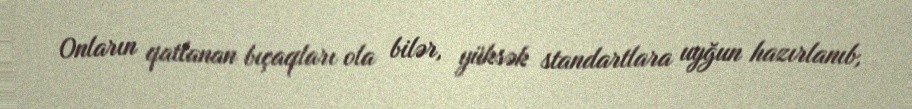
Onların qatlanan bıçaqları ola bilər, yüksək standartlara uyğun hazırlanıb,